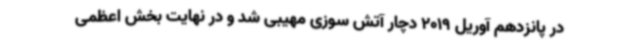
در پانزدهم آوریل 2019 دچار آتش سوزی مهیبی شد و در نهایت بخش اعظمی